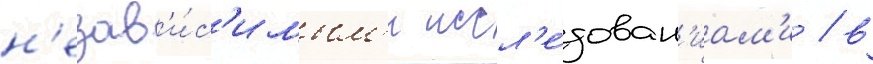
н'езав'и́с'имым'и иссл'е́дован'иам'и / в